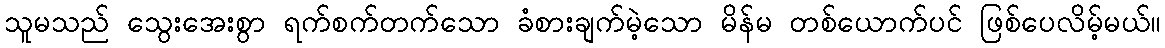
သူမသည် သွေးအေးစွာ ရက်စက်တက်သော ခံစားချက်မဲ့သော မိန်မ တစ်ယောက်ပင် ဖြစ်ပေလိမ့်မယ်။